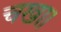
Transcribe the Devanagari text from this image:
चखा।